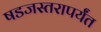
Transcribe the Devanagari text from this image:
षडजस्तरापर्यंत